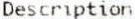
DESCRIPTION